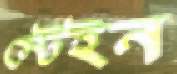
স্টেইন